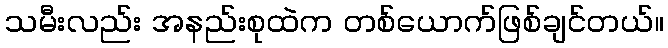
သမီးလည်း အနည်းစုထဲက တစ်ယောက်ဖြစ်ချင်တယ်။